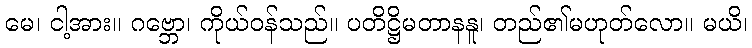
မေ၊ ငါ့အား။ ဂဗ္ဘော၊ ကိုယ်ဝန်သည်။ ပတိဋ္ဌိမတာနနူ၊ တည်၏မဟုတ်လော။ မယိ၊